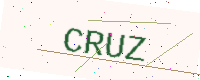
Text: CRUZ